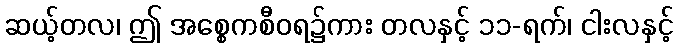
ဆယ့်တလ၊ ဤ အစ္စေကစီဝရ၌ကား တလနှင့် ၁၁-ရက်၊ ငါးလနှင့်